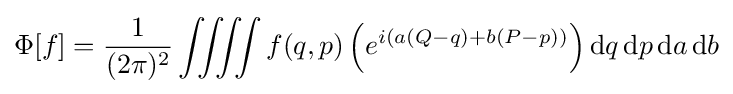
\Phi [f]={\frac {1}{(2\pi )^{2}}}\iint \!\!\!\iint f(q,p)\left(e^{i(a(Q-q)+b(P-p))}\right){\text{d}}q\,{\text{d}}p\,{\text{d}}a\,{\text{d}}b